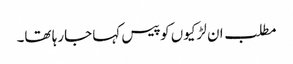
مطلب ان لڑکیوں کو پیس کہا جارہا تھا۔